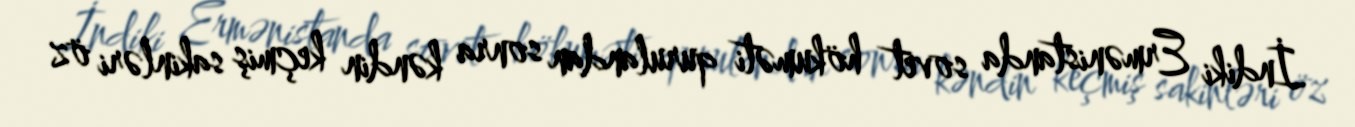
İndiki Ermənistanda sovet hökuməti qurulandan sonra kəndin keçmiş sakinləri öz